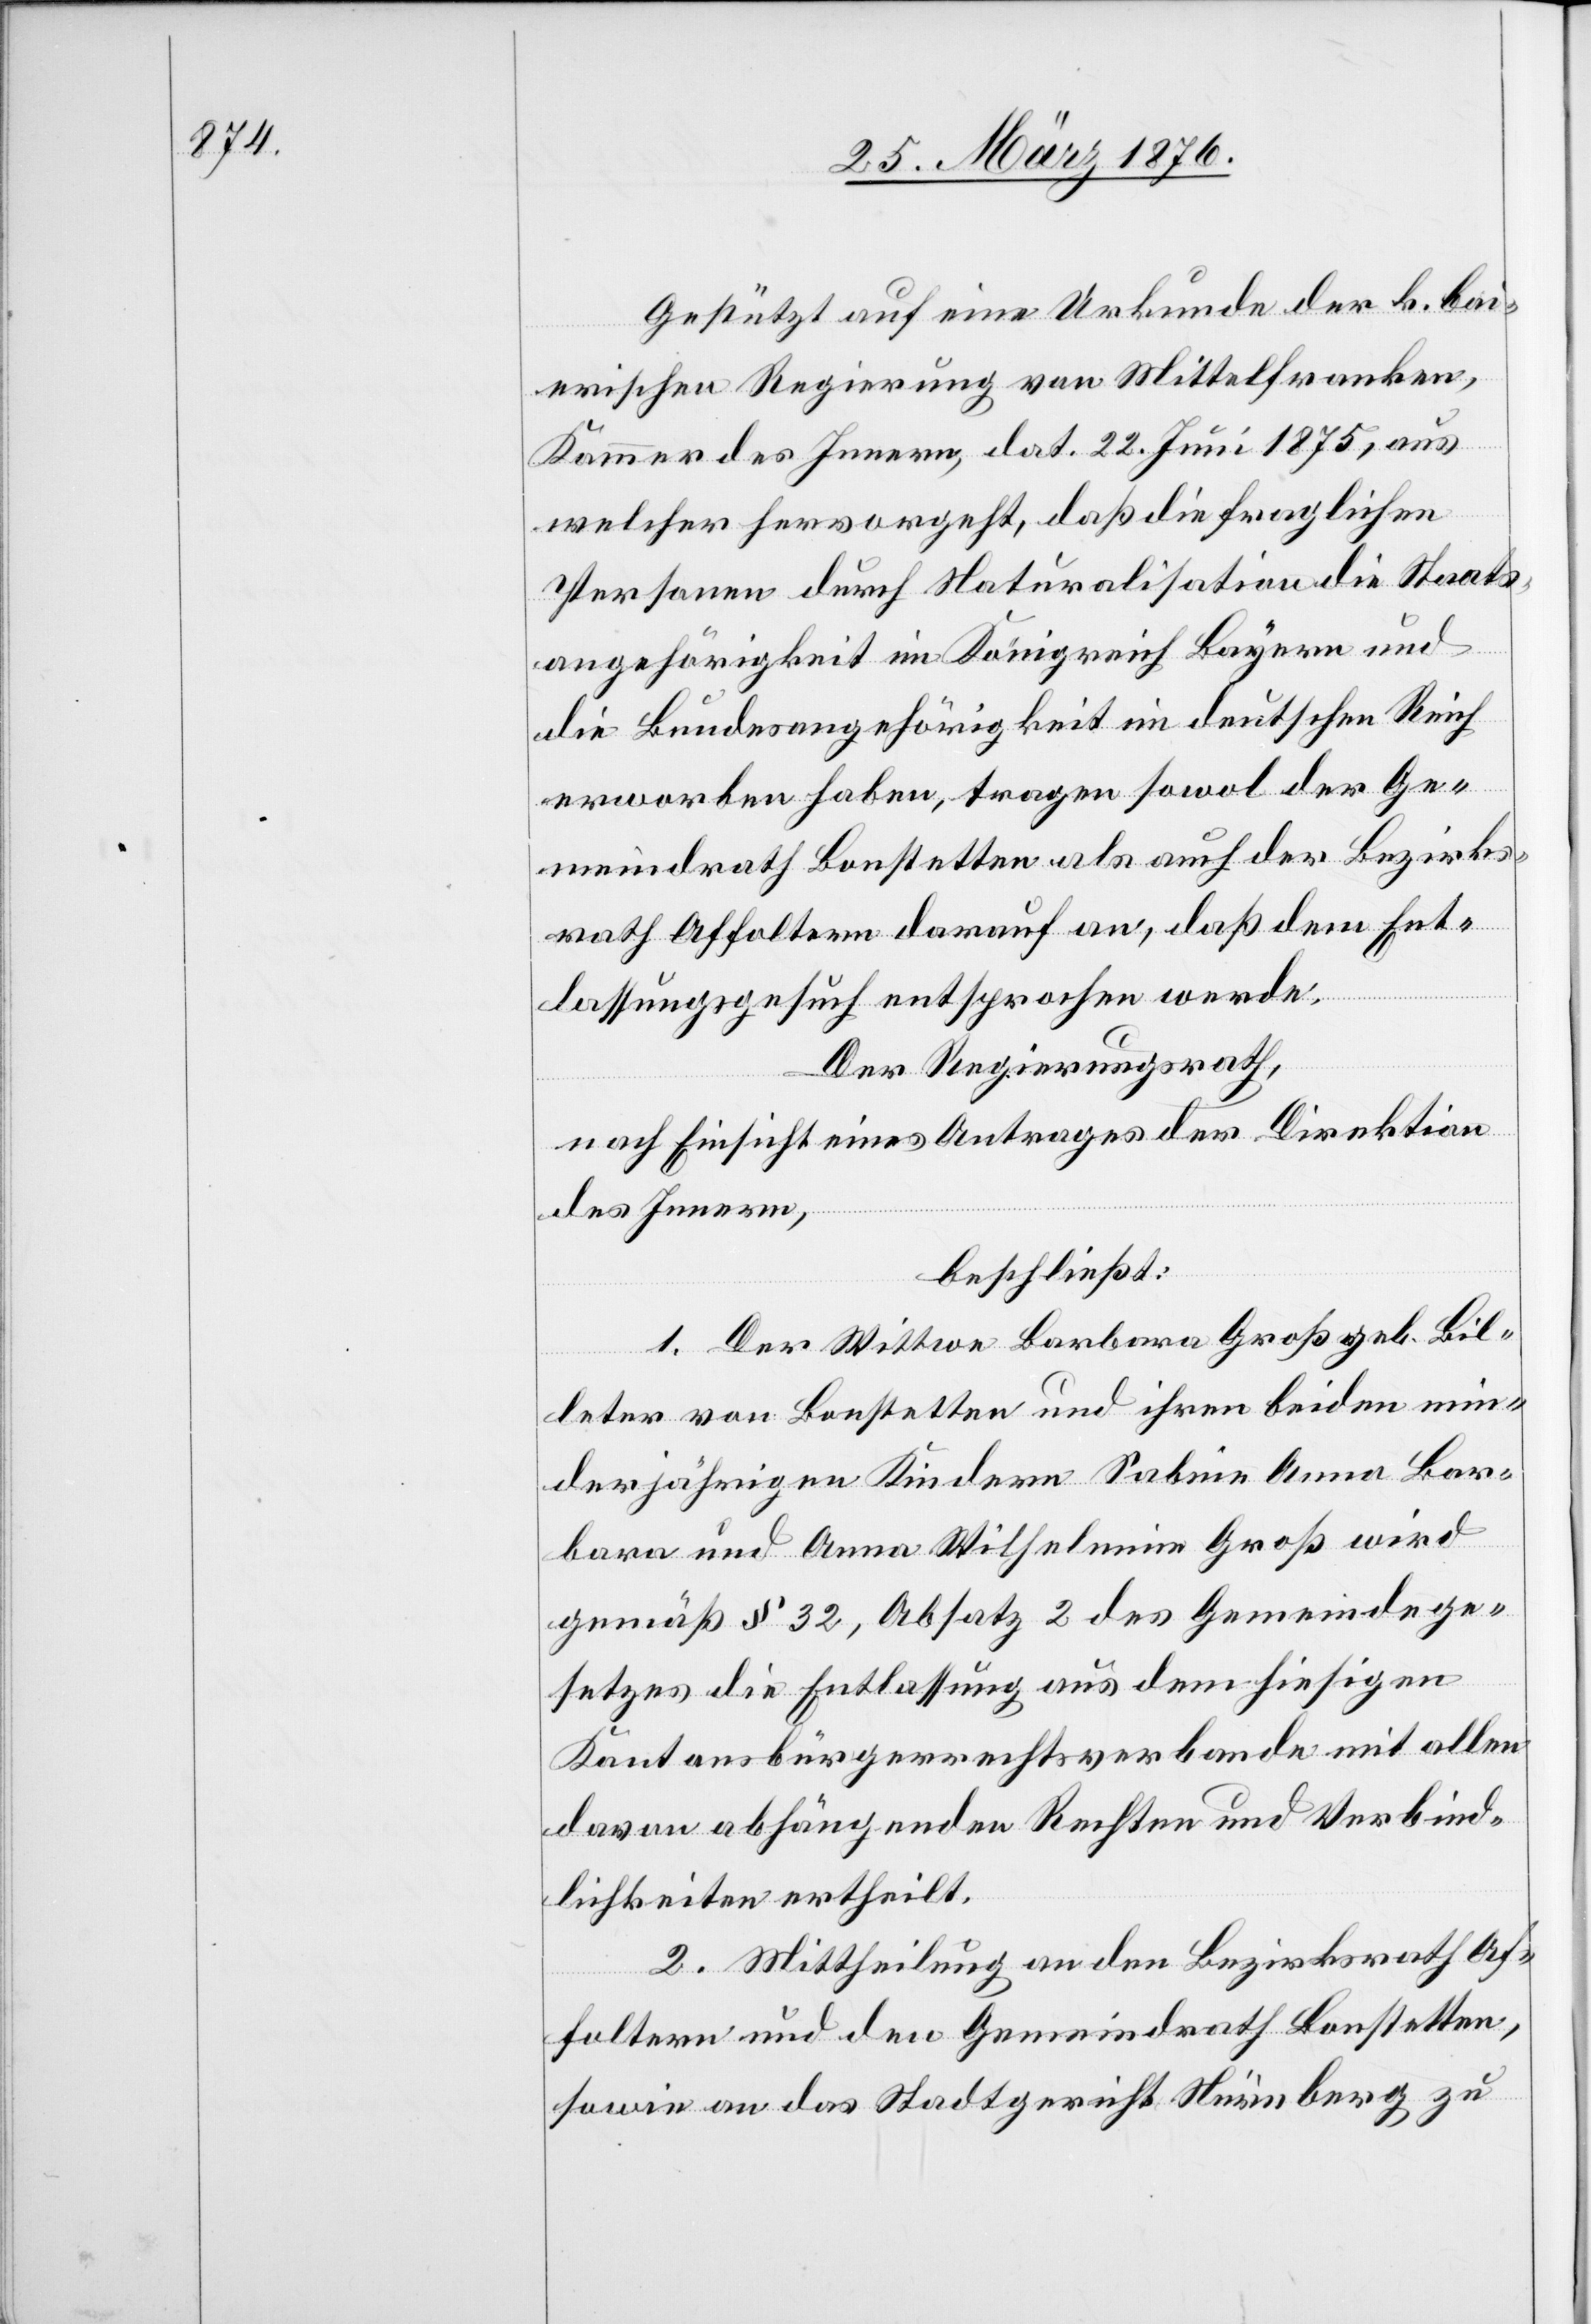
Gestützt auf eine Urkunde der k. bai¬
rischen Regierung von Mittelfranken,
Kammer des Innern, dat. 22. Juni 1875, aus
welcher hervorgeht, daß die fraglichen
Personen durch Naturalisation die Staats¬
angehörigkeit im Königreich Bayern und
die Bundesangehörigkeit im deutschen Reich
erworben haben, tragen sowol der Ge¬
meindrath Bonstetten als auch der Bezirks¬
rath Affoltern darauf an, daß dem Ent¬
lassungsgesuch entsprochen werde.
Der Regierungsrath,
nach Einsicht eines Antrages der Direktion
des Innern,
beschließt:
1. Der Wittwe Barbara Groß geb. Bil¬
leter von Bonstetten und ihren beiden min¬
derjährigen Kindern Sabina Anna Bar¬
bara und Anna Wilhelmine Groß wird
gemäß § 32, Absatz 2 des Gemeindege¬
setzes die Entlassung aus dem hiesigen
Kantonsbürgerrechtsverbande mit allen
davon anhängenden Rechten und Verbind¬
lichkeiten ertheilt.
2. Mittheilung an den Bezirksrath Af¬
foltern und den Gemeindrath Bonstetten,
sowie an das Stadtgericht Nürnberg zu